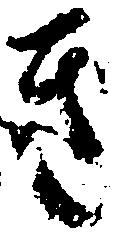
き